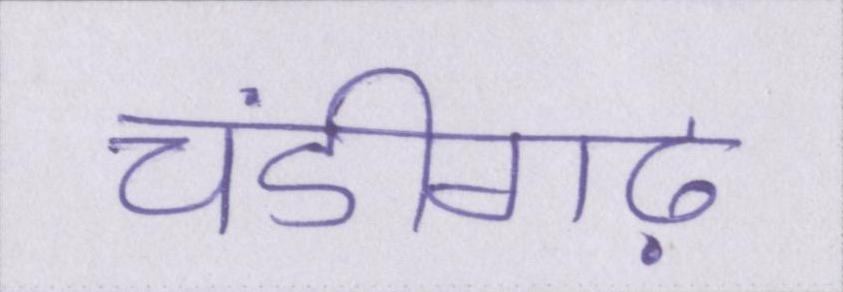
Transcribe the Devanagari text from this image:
चंडीगढ़